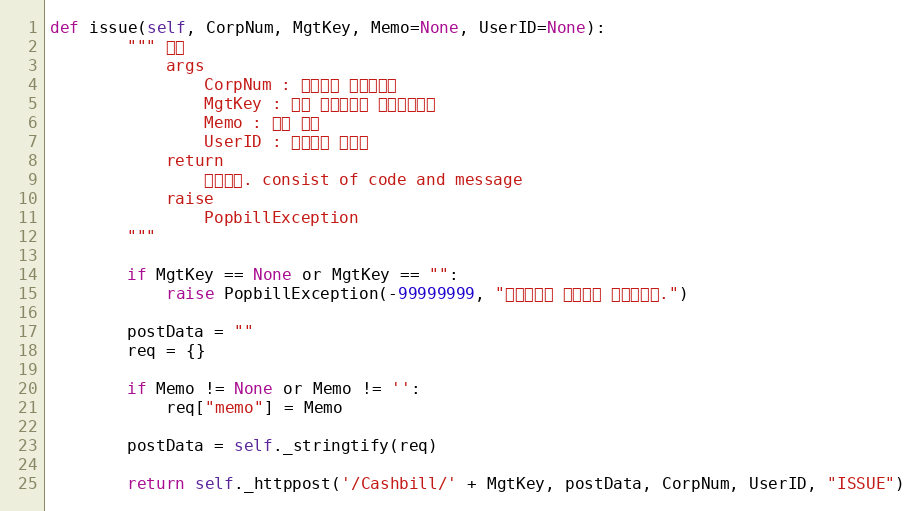
Language: Python
def issue(self, CorpNum, MgtKey, Memo=None, UserID=None):
        """ 발행
            args
                CorpNum : 팝빌회원 사업자번호
                MgtKey : 원본 현금영수증 문서관리번호
                Memo : 발행 메모
                UserID : 팝빌회원 아이디
            return
                처리결과. consist of code and message
            raise
                PopbillException
        """

        if MgtKey == None or MgtKey == "":
            raise PopbillException(-99999999, "관리번호가 입력되지 않았습니다.")

        postData = ""
        req = {}

        if Memo != None or Memo != '':
            req["memo"] = Memo

        postData = self._stringtify(req)

        return self._httppost('/Cashbill/' + MgtKey, postData, CorpNum, UserID, "ISSUE")